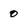
Character: 0